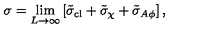
\sigma = \lim _ { L \rightarrow \infty } \left[ \tilde { \sigma } _ { \mathrm { c l } } + \tilde { \sigma } _ { \chi } + \tilde { \sigma } _ { A \phi } \right] ,